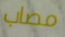
مصاب